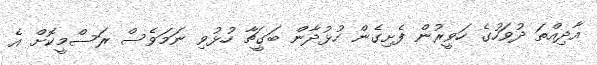
އާދިއްތަ ދުވަހުގެ ހަވީރުން ފެށިގެން ހުޅުދާން ބަގީޗާ ހުޅުވި ނަމަވެސް ރަސްމީކޮށް އެ